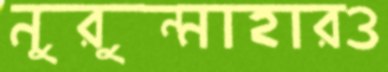
নুরুন্নাহারও